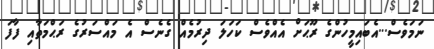
ނަމަވެސް...އެބައިމީހުންގެ ރޫޙަށް އެއްވެސް ކަހަލަ ދިރުމެއް ގެނެސް އެ މައްސަރުގެ ރަޙްމަތާއި ފާފަ